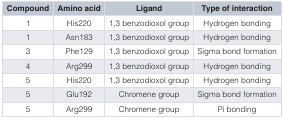
| Compound | Amino acid | Ligand | Type of interaction |
 | --- | --- | --- | --- |
 | 1 | His220 | 1,3 benzodioxol group | Hydrogen bonding |
 | 1 | Asn183 | 1,3 benzodioxol group | Hydrogen bonding |
 | 3 | Phe129 | 1,3 benzodioxol group | Sigma bond formation |
 | 4 | Arg299 | 1,3 benzodioxol group | Hydrogen bonding |
 | 5 | His220 | 1,3 benzodioxol group | Hydrogen bonding |
 | 5 | Glu192 | Chromene group | Sigma bond formation |
 | 5 | Arg299 | Chromene group | Pi bonding |